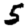
Digit: 5